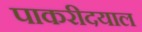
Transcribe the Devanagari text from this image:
पाकरीदयाल